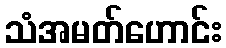
သံအမတ်ဟောင်း